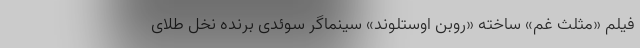
فیلم «مثلث غم» ساخته «روبن اوستلوند» سینماگر سوئدی برنده نخل طلای